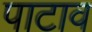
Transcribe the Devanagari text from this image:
पाटाव